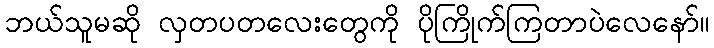
ဘယ်သူမဆို လှတပတလေးတွေကို ပိုကြိုက်ကြတာပဲလေနော်။